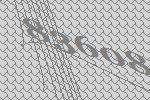
83608